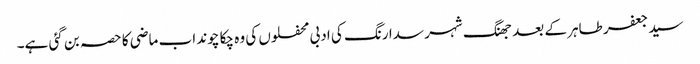
سید جعفر طاہر کے بعد جھنگ شہر سدا رنگ کی ادبی محفلوں کی وہ چکا چوند اب ماضی کا حصہ بن گئی ہے۔